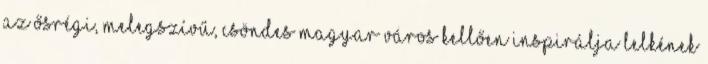
az ősrégi, melegszívű, csöndes magyar város kellően inspirálja lelkének